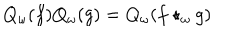
LaTeX: Q _ { \omega } ( f ) Q _ { \omega } ( g ) = Q _ { \omega } ( f \star _ { \omega } g )